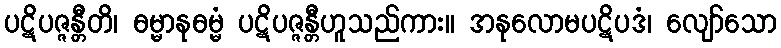
ပဋိပဇ္ဇန္တီတိ၊ ဓမ္မာနုဓမ္မံ ပဋိပဇ္ဇန္တီဟူသည်ကား။ အနုလောမပဋိပဒံ၊ လျော်သော